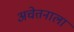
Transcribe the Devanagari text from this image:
अचेतनाला